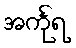
အင်္ကုရ